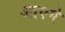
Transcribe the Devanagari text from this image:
आएगे